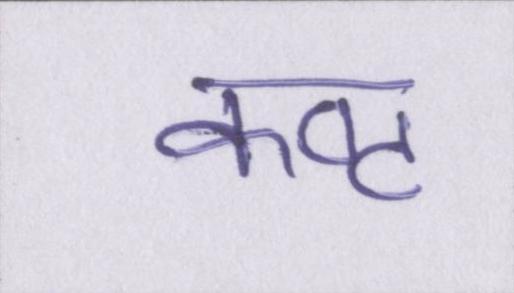
कष्ट